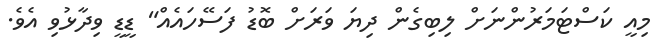
މިއީ ކަސްޓަމަރުންނަށް ލިބިގެން ދިޔަ ވަަރަށް ބޮޑު ފަސޭހައެއް" ޑީޑީ ވިދާޅުވި އެވެ.